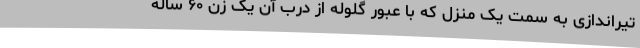
تیراندازی به سمت یک منزل که با عبور گلوله از درب آن یک زن ۶۰ ساله